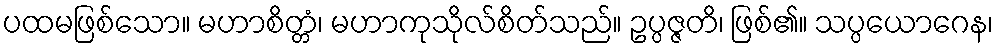
ပထမဖြစ်သော။ မဟာစိတ္တံ၊ မဟာကုသိုလ်စိတ်သည်။ ဥပ္ပဇ္ဇတိ၊ ဖြစ်၏။ သပ္ပယောဂေန၊